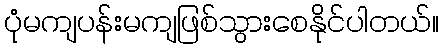
ပုံမကျပန်းမကျဖြစ်သွားစေနိုင်ပါတယ်။